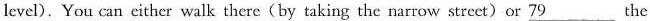
level).You can cither walk there(by taking the narrow street)or \underline{79} the